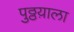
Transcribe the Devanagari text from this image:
पुठ्ठय़ाला